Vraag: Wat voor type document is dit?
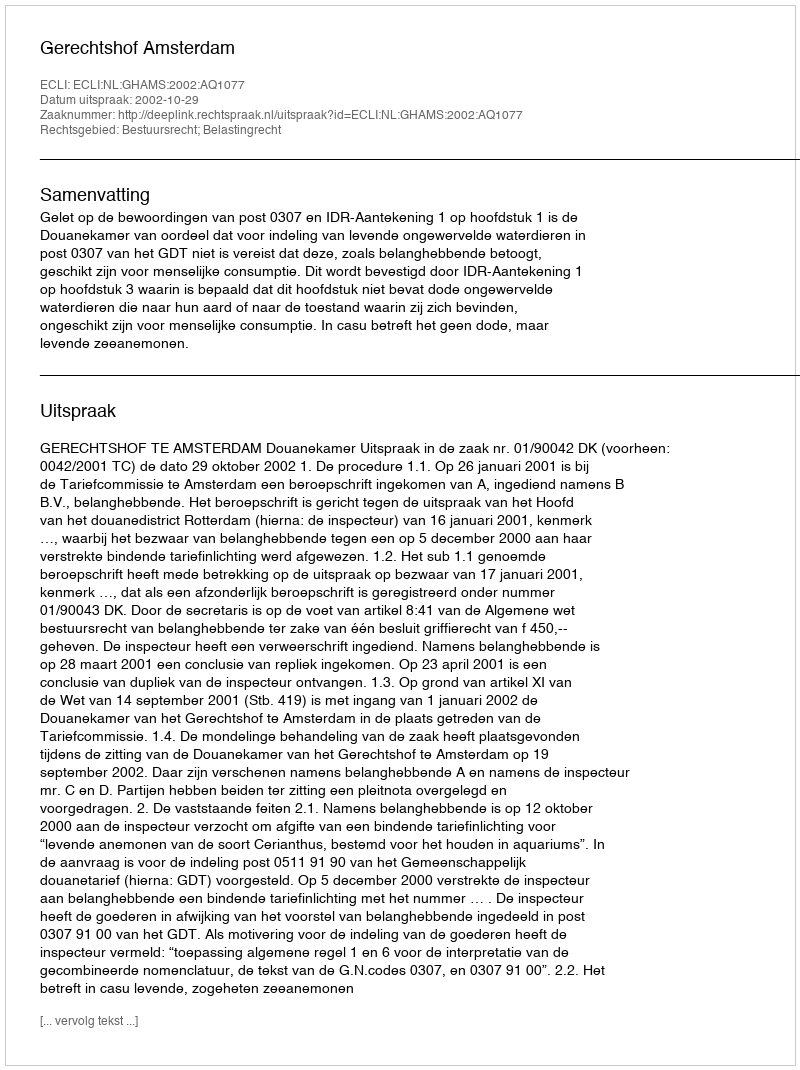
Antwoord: Uitspraak